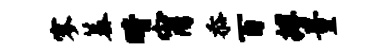
寥蓁晴甯忝百搏量